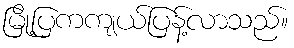
မြို့ပြကကျယ်ပြန့်လာသည်။